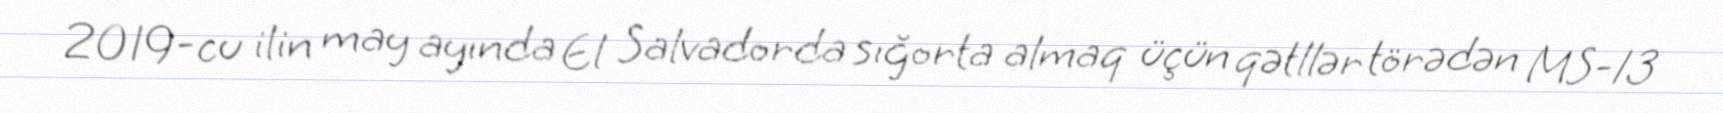
2019-cu ilin may ayında El Salvadorda sığorta almaq üçün qətllər törədən MS-13